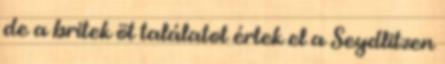
de a britek öt találatot értek el a Seydlitzen